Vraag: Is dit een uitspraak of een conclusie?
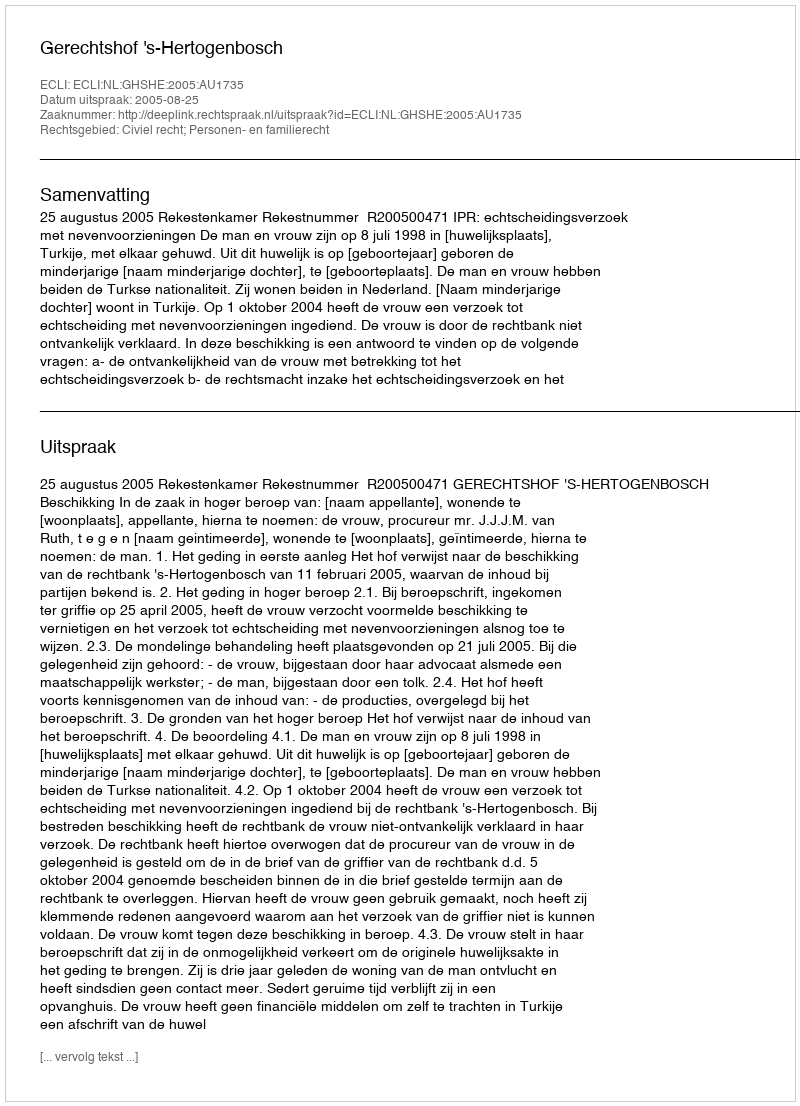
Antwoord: Uitspraak